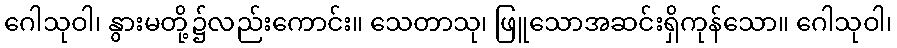
ဂေါသုဝါ၊ နွားမတို့၌လည်းကောင်း။ သေတာသု၊ ဖြူသောအဆင်းရှိကုန်သော။ ဂေါသုဝါ၊